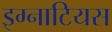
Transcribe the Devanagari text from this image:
इग्नाटियस